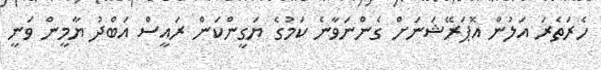
ހެރަތެރަ އަލުން އޮޕަރޭޝަނަށް ގެންނަވާނެ ކަމުގެ ޔަގީންކަން ރައީސް އަބްދު ޔާމީން ވަނީ